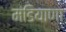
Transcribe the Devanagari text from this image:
मंडियाणा